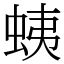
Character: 蛦